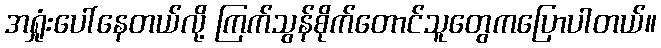
အရှုံးပေါ်နေတယ်လို့ ကြက်သွန်စိုက်တောင်သူတွေကပြောပါတယ်။